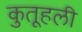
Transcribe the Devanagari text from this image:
कुतूहली